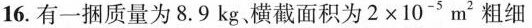
16.有一捆质量为8.9kg。横截面积为$$2 \times 1 0 ^ { - 5 } m ^ { 2 }$$粗细